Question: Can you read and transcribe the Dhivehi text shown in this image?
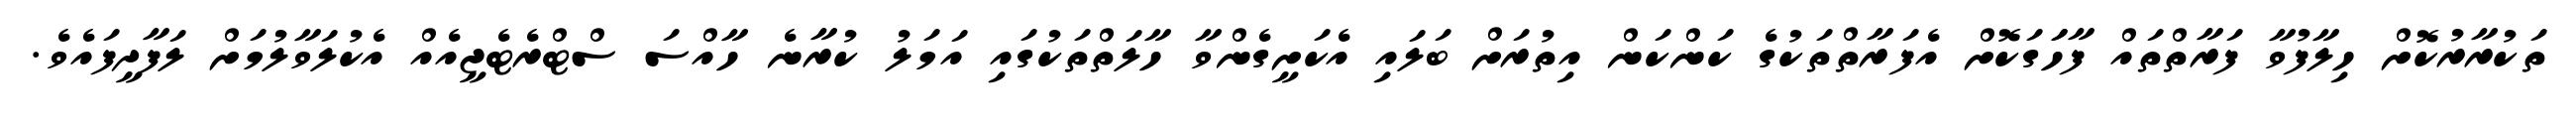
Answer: ތަކުރާރުކޮށް ހިލާފުވާ ފަރާތްތައް ފާހަަގަކޮށް އެފަރާތްތަކުގެ ކަންކަން އިތުރަށް ބަލައި އެކަށީގެންވާ ހާލަތްތަކުގައި އަމަލު ކުރާނެ ހާއްސަ ސްޓްރެޓެޖީއެއް އެކުލަވާލުމަށް ލަފާދީފައެވެ.